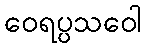
ဝေရပ္ပသဝေါ